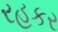
રહકર